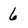
Character: 6